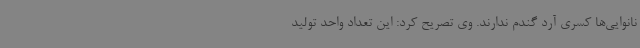
نانوایی‌ها کسری آرد گندم ندارند. وی تصریح کرد: این تعداد واحد تولید